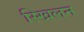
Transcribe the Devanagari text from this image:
स्खिलन